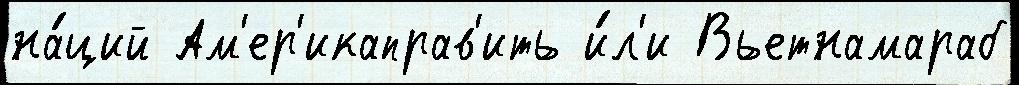
на́ций Ам'ер'икаправ'ить и́л'и Вьетнамараб